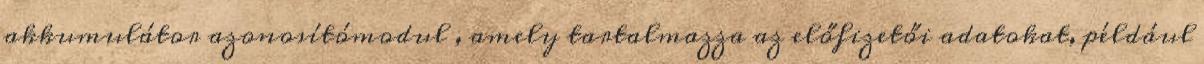
akkumulátor azonosítómodul , amely tartalmazza az előfizetői adatokat, például